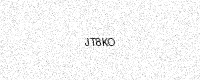
Text: JT8KO